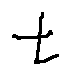
t